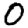
Digit: 0